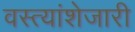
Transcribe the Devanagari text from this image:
वस्त्यांशेजारी